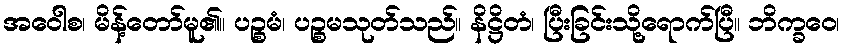
အဝေါစ၊ မိန့်တော်မူ၏။ ပဉ္စမံ၊ ပဉ္စမသုတ်သည်။ နိဋ္ဌိတံ၊ ပြီးခြင်းသို့ရောက်ပြီ။ ဘိက္ခဝေ၊